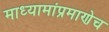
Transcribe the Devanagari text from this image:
माध्यामांप्रमाणेच